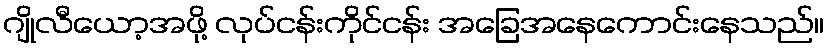
ဂျိုလီယော့အဖို့ လုပ်ငန်းကိုင်ငန်း အခြေအနေကောင်းနေသည်။